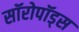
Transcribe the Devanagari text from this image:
सॉरोपॉड्स